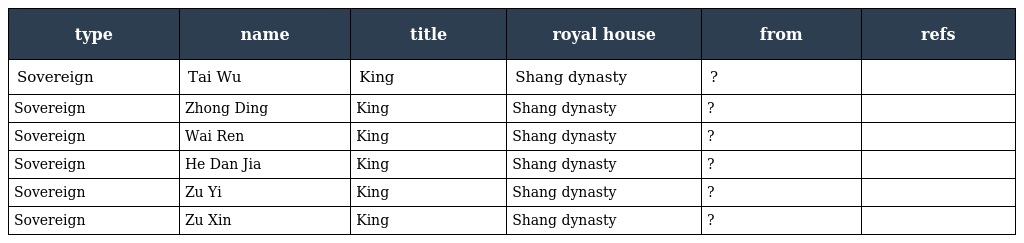
| type | name | title | royal house | from | refs |
 | --- | --- | --- | --- | --- | --- |
 | Sovereign | Tai Wu | King | Shang dynasty | ? |  |
 | Sovereign | Zhong Ding | King | Shang dynasty | ? |  |
 | Sovereign | Wai Ren | King | Shang dynasty | ? |  |
 | Sovereign | He Dan Jia | King | Shang dynasty | ? |  |
 | Sovereign | Zu Yi | King | Shang dynasty | ? |  |
 | Sovereign | Zu Xin | King | Shang dynasty | ? |  |